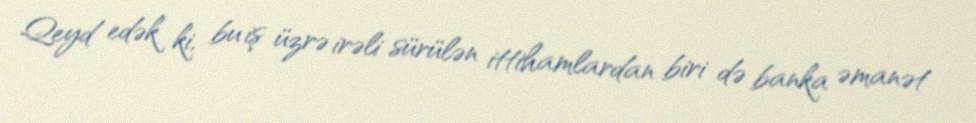
Qeyd edək ki, bu iş üzrə irəli sürülən ittihamlardan biri də banka əmanət